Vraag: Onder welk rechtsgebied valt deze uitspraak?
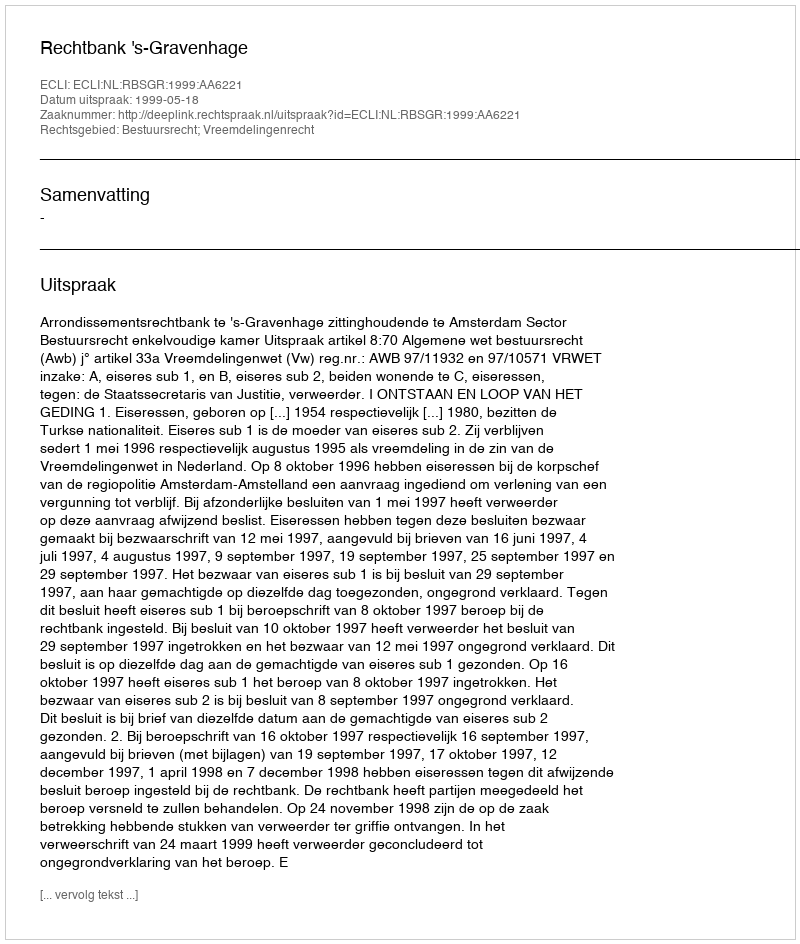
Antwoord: Bestuursrecht; Vreemdelingenrecht